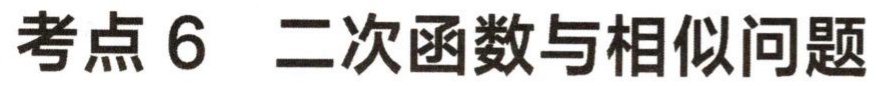
考点 6 二次函数与相似问题